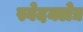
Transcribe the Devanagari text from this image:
स्वेदक्लेद्य